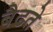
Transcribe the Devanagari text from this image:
बैढते